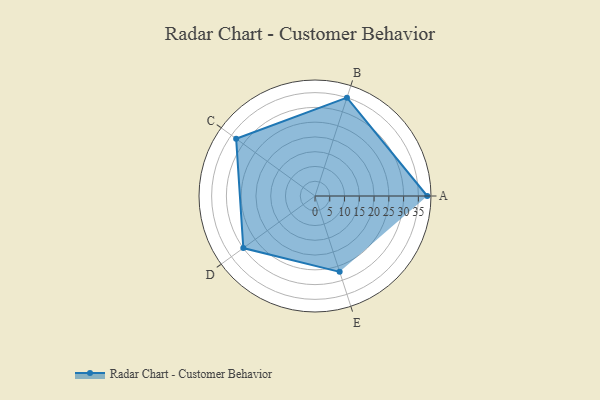
{"axis": {"x": "Skill", "y": "Score"}, "legend": ["Profile"], "data": [{"x": "A", "y": 38.0, "type": "Profile"}, {"x": "B", "y": 35.0, "type": "Profile"}, {"x": "C", "y": 33.0, "type": "Profile"}, {"x": "D", "y": 30.0, "type": "Profile"}, {"x": "E", "y": 27.0, "type": "Profile"}]}